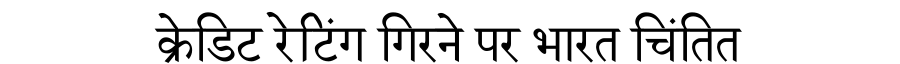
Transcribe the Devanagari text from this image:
क्रेडिट रेटिंग गिरने पर भारत चिंतित